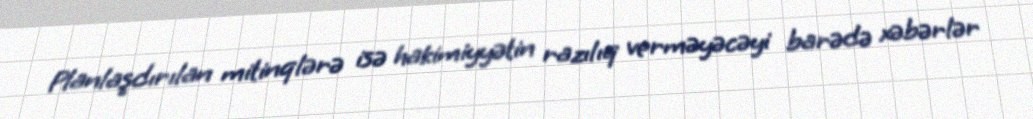
Planlaşdırılan mitinqlərə isə hakimiyyətin razılıq verməyəcəyi barədə xəbərlər